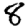
Digit: 8